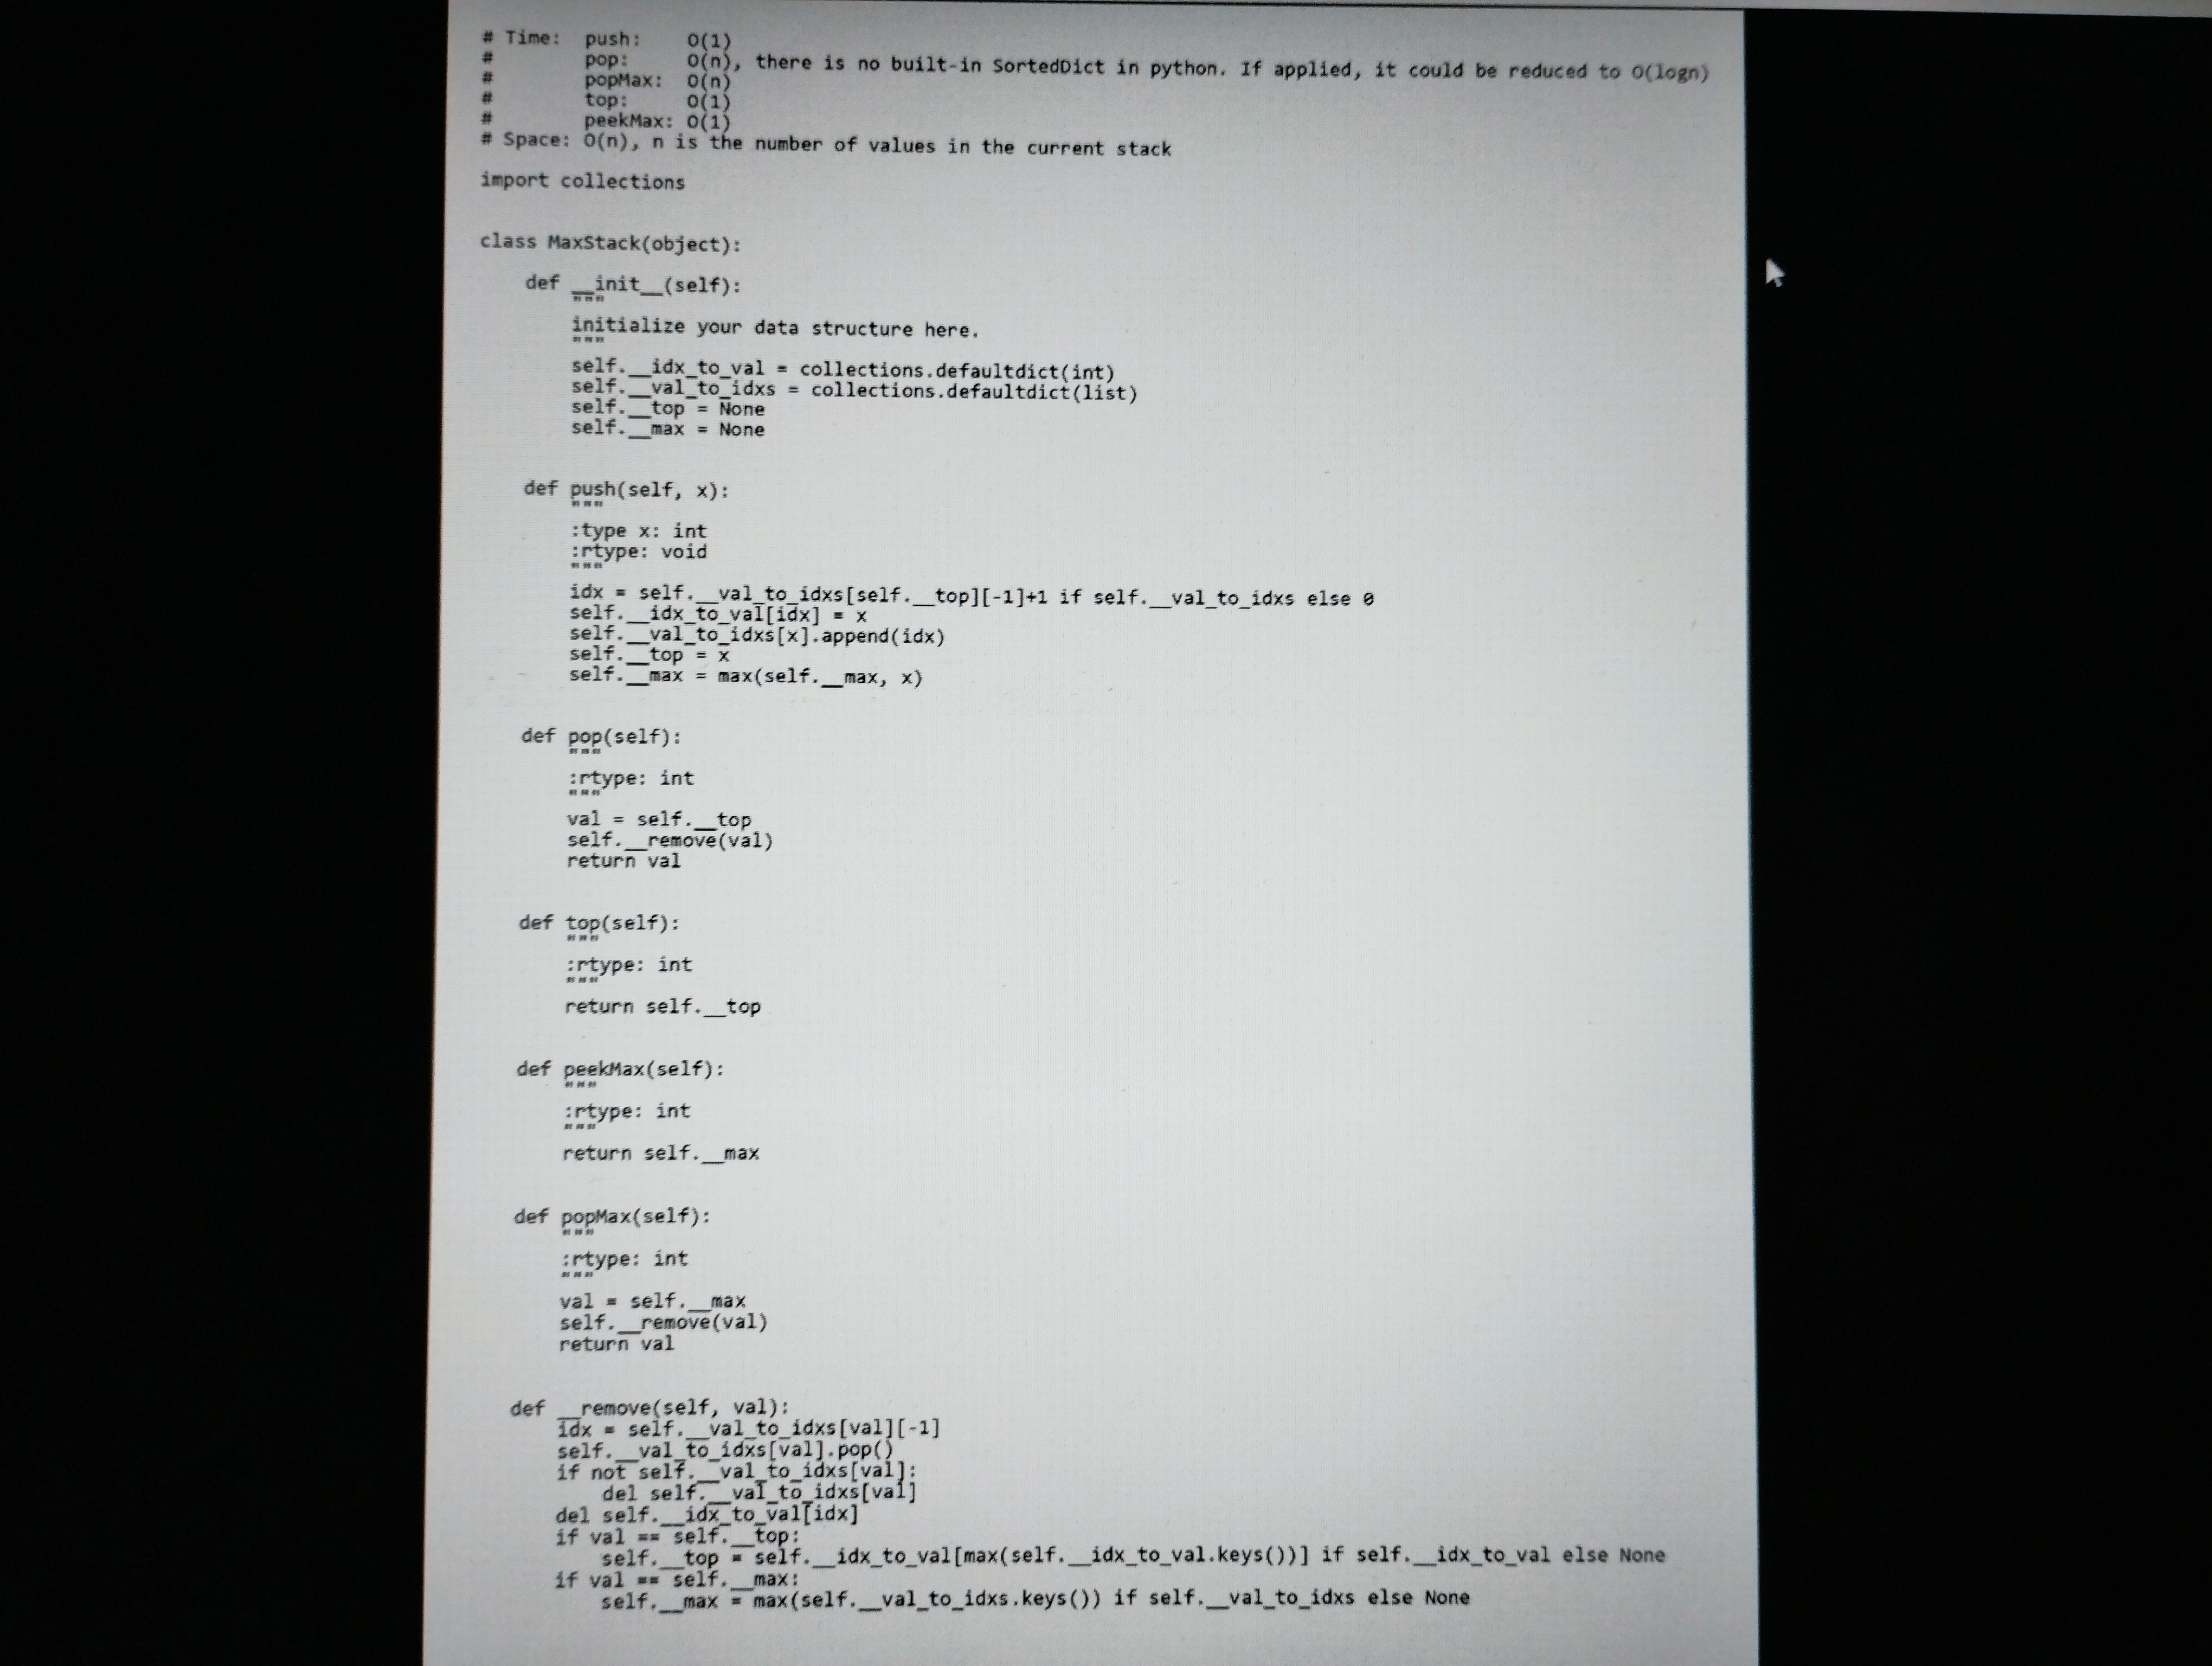
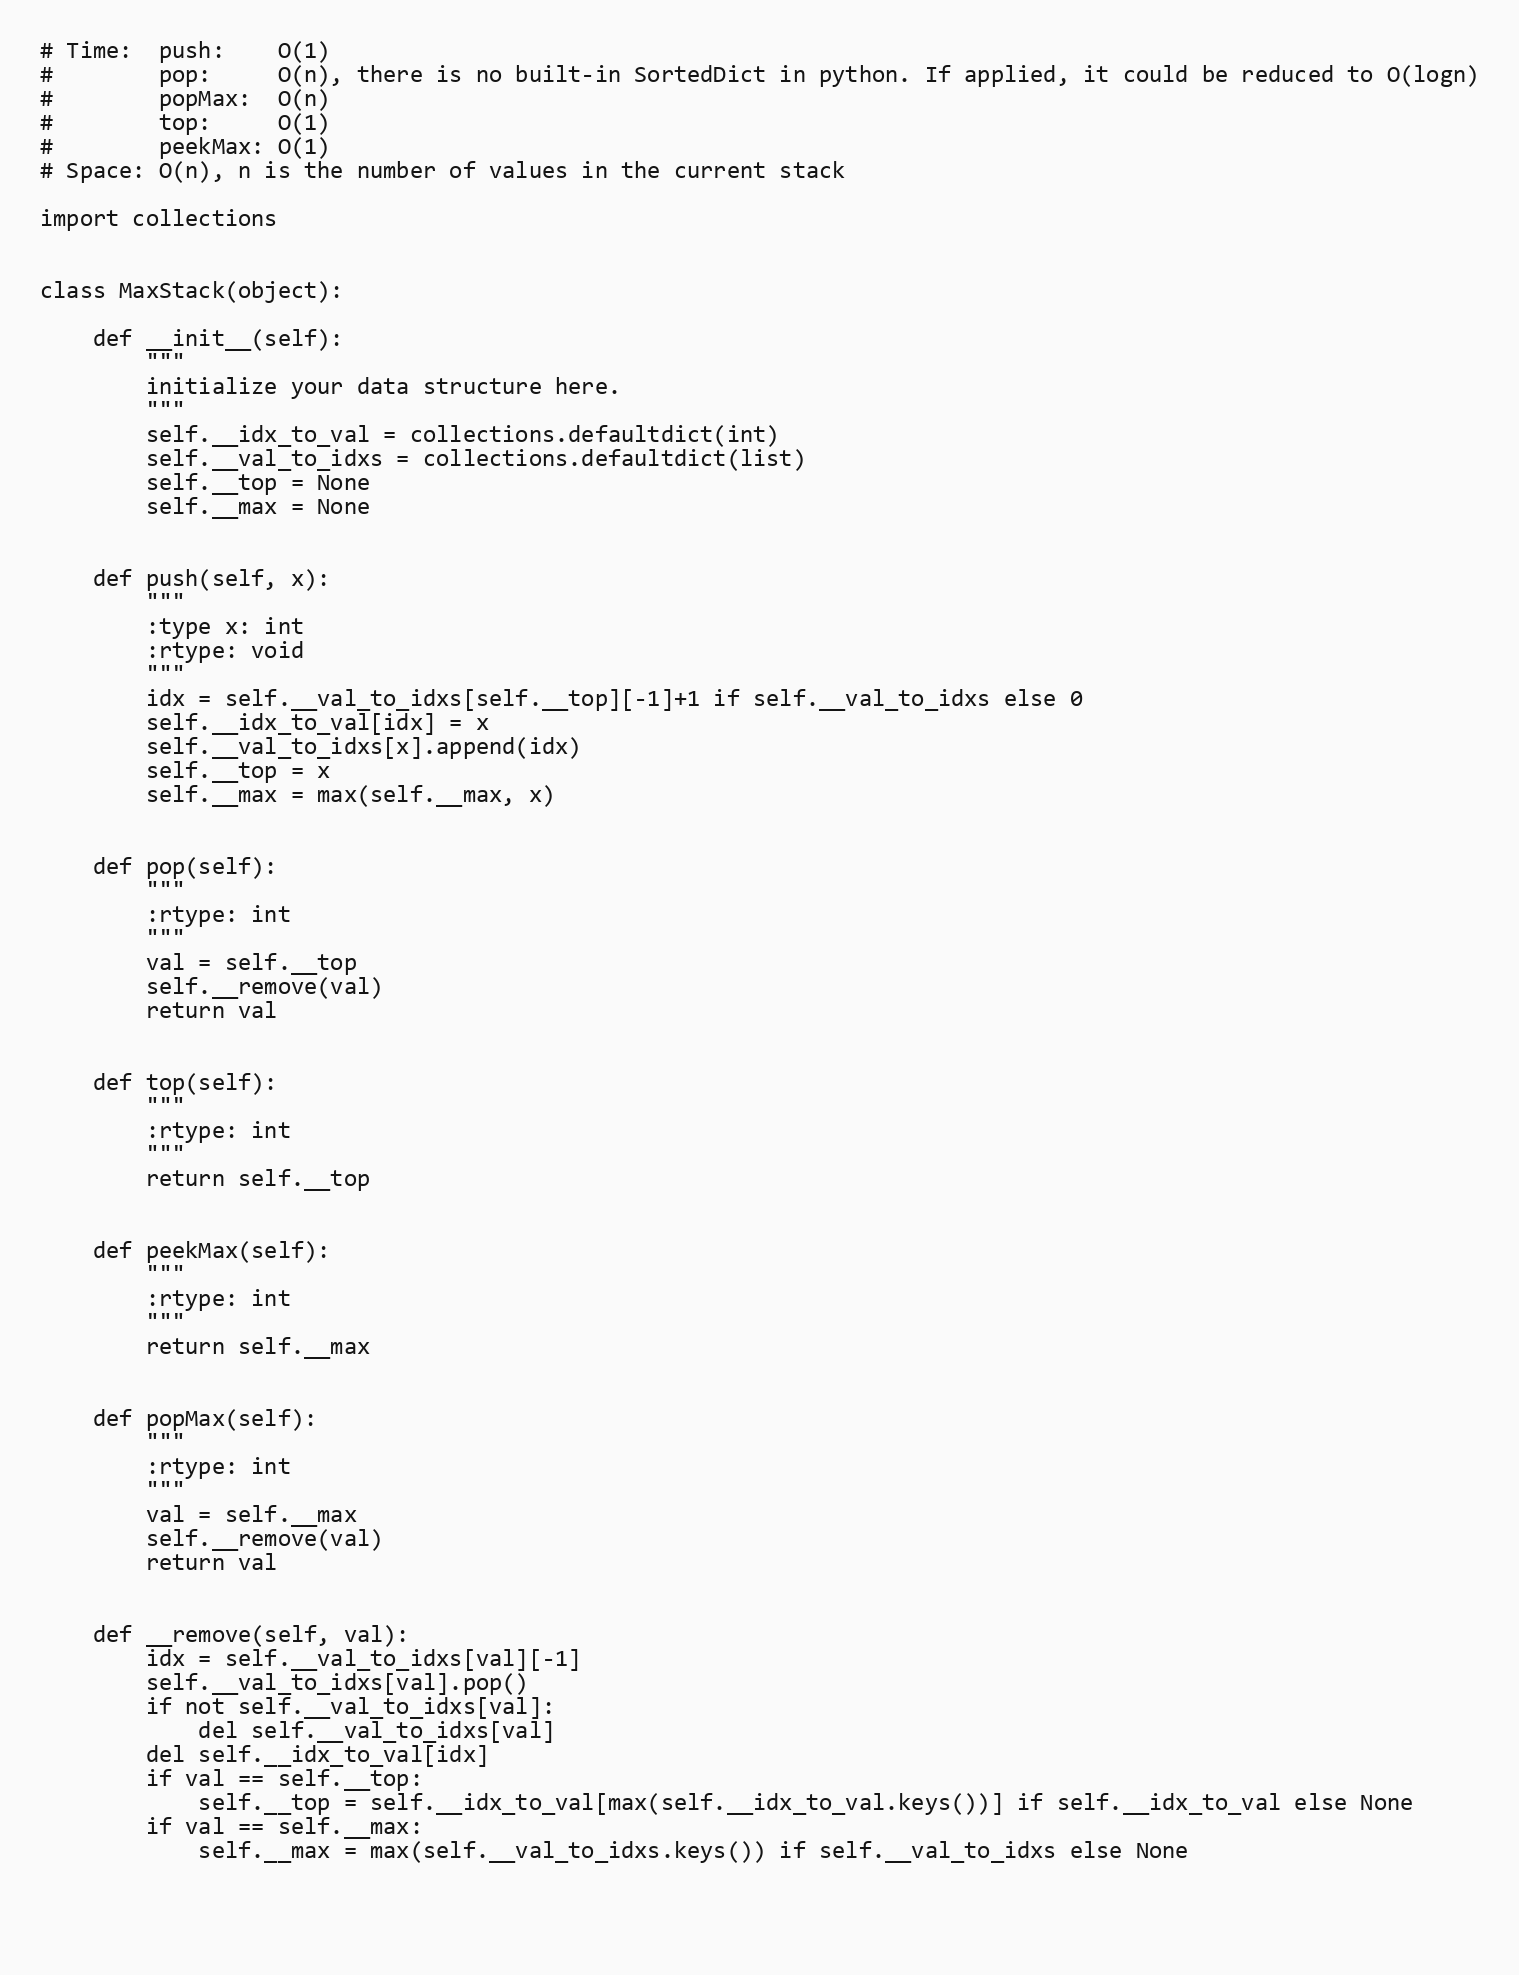
# Time:  push:    O(1)
#        pop:     O(n), there is no built-in SortedDict in python. If applied, it could be reduced to O(logn)
#        popMax:  O(n)
#        top:     O(1)
#        peekMax: O(1)
# Space: O(n), n is the number of values in the current stack

import collections

class MaxStack(object):

    def __init__(self):
        """
        initialize your data structure here.
        """
        self.__idx_to_val = collections.defaultdict(int)
        self.__val_to_idxs = collections.defaultdict(list)
        self.__top = None
        self.__max = None

    def push(self, x):
        """
        :type x: int
        :rtype: void
        """
        idx = self.__val_to_idxs[self.__top][-1]+1 if self.__val_to_idxs else 0
        self.__idx_to_val[idx] = x
        self.__val_to_idxs[x].append(idx)
        self.__top = x
        self.__max = max(self.__max, x)

    def pop(self):
        """
        :rtype: int
        """
        val = self.__top
        self.__remove(val)
        return val

    def top(self):
        """
        :rtype: int
        """
        return self.__top

    def peekMax(self):
        """
        :rtype: int
        """
        return self.__max

    def popMax(self):
        """
        :rtype: int
        """
        val = self.__max
        self.__remove(val)
        return val

    def __remove(self, val):
        idx = self.__val_to_idxs[val][-1]
        self.__val_to_idxs[val].pop()
        if not self.__val_to_idxs[val]:
            del self.__val_to_idxs[val]
        del self.__idx_to_val[idx]
        if val == self.__top:
            self.__top = self.__idx_to_val[max(self.__idx_to_val.keys())] if self.__idx_to_val else None
        if val == self.__max:
            self.__max = max(self.__val_to_idxs.keys()) if self.__val_to_idxs else None